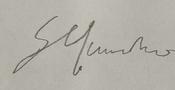
Signature authenticity: forged